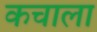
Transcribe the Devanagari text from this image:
कचाला